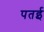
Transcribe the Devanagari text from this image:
पतई